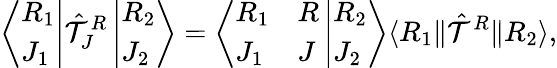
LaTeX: \left\langle\begin{array}{l}{{R_{1}}}\\ {{J_{1}}}\end{array}\right|{\hat{\cal T}}_{J}^{R}\left|\begin{array}{l}{{R_{2}}}\\ {{J_{2}}}\end{array}\right\rangle=\left\langle\begin{array}{ll}{{R_{1}}}&{{R}}\\ {{J_{1}}}&{{J}}\end{array}\right.\left|\begin{array}{l}{{R_{2}}}\\ {{J_{2}}}\end{array}\right\rangle\langle R_{1}\| {\hat{\cal T}}^{R}\| R_{2}\rangle,